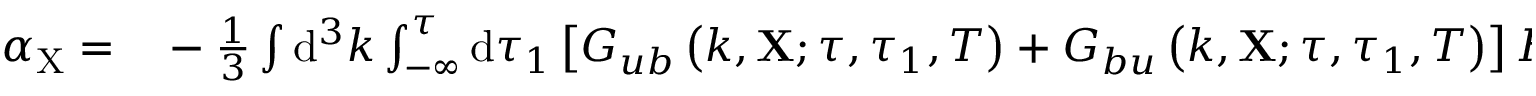
\begin{array} { r l } { \alpha _ { \mathrm { X } } = } & { { } - \frac { 1 } { 3 } \int \mathrm { d } ^ { 3 } k \int _ { - \infty } ^ { \tau } \mathrm { d } \tau _ { 1 } \left[ G _ { u b } \left( k , \mathbf { X } ; \tau , \tau _ { 1 } , T \right) + G _ { b u } \left( k , \mathbf { X } ; \tau , \tau _ { 1 } , T \right) \right] H _ { u b } ^ { ( a ) } \left( k , \mathbf { X } ; \tau , \tau _ { 1 } , T \right) } \end{array}